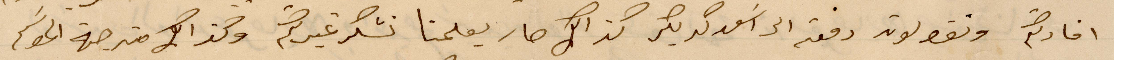
افادكم وتقولون دفعتم الى اسغد كريكر مذلك صار يعلمنا نشكر غيركم وكذلك من جهة الموسم